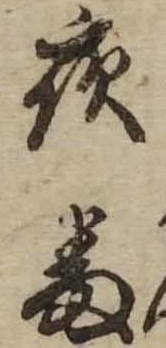
夜番